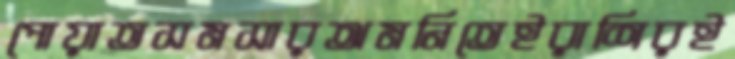
পোয়াতসমসারঅমনিতেইরাশিরই